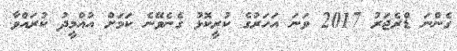
ގެންނަ ޑްރެޖަރު 2017 ވަނަ އަހަރުގެ ކުރީކޮޅު ގެނެވޭނެ ކަމަށް އުއްމީދު ކުރައްވާ